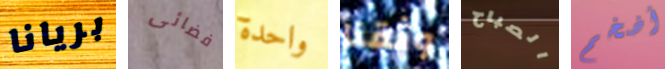
بريانا فضائى واحدة وثقنا الصباح أضخم